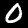
Label: 0